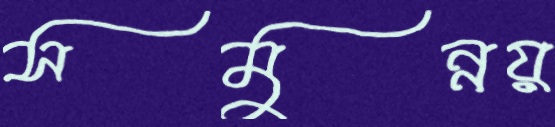
সমুন্নয়